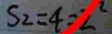
S _ { 2 } = 4 = 2 ^ { 2 }